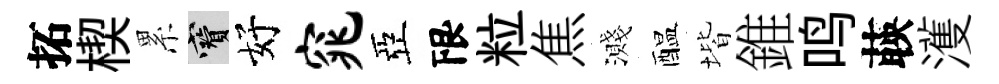
拓楔累寶好窕亞限粒焦濺醖堦錐鸣𦴤濩